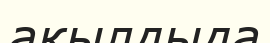
ақылдыда